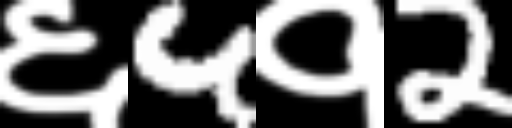
Text: ६4१2